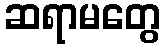
ဆရာမတွေ